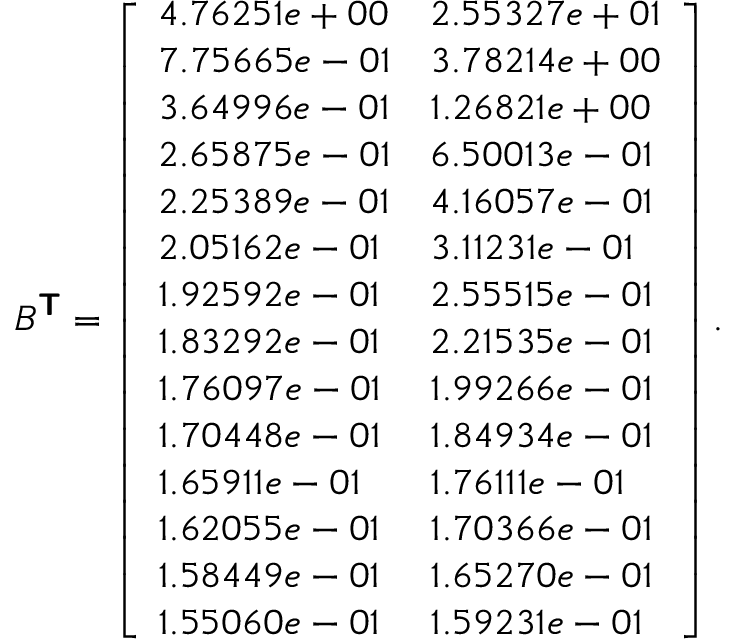
B ^ { \boldsymbol { \mathsf { T } } } = \left[ \begin{array} { l l } { 4 . 7 6 2 5 1 e + 0 0 } & { 2 . 5 5 3 2 7 e + 0 1 } \\ { 7 . 7 5 6 6 5 e - 0 1 } & { 3 . 7 8 2 1 4 e + 0 0 } \\ { 3 . 6 4 9 9 6 e - 0 1 } & { 1 . 2 6 8 2 1 e + 0 0 } \\ { 2 . 6 5 8 7 5 e - 0 1 } & { 6 . 5 0 0 1 3 e - 0 1 } \\ { 2 . 2 5 3 8 9 e - 0 1 } & { 4 . 1 6 0 5 7 e - 0 1 } \\ { 2 . 0 5 1 6 2 e - 0 1 } & { 3 . 1 1 2 3 1 e - 0 1 } \\ { 1 . 9 2 5 9 2 e - 0 1 } & { 2 . 5 5 5 1 5 e - 0 1 } \\ { 1 . 8 3 2 9 2 e - 0 1 } & { 2 . 2 1 5 3 5 e - 0 1 } \\ { 1 . 7 6 0 9 7 e - 0 1 } & { 1 . 9 9 2 6 6 e - 0 1 } \\ { 1 . 7 0 4 4 8 e - 0 1 } & { 1 . 8 4 9 3 4 e - 0 1 } \\ { 1 . 6 5 9 1 1 e - 0 1 } & { 1 . 7 6 1 1 1 e - 0 1 } \\ { 1 . 6 2 0 5 5 e - 0 1 } & { 1 . 7 0 3 6 6 e - 0 1 } \\ { 1 . 5 8 4 4 9 e - 0 1 } & { 1 . 6 5 2 7 0 e - 0 1 } \\ { 1 . 5 5 0 6 0 e - 0 1 } & { 1 . 5 9 2 3 1 e - 0 1 } \end{array} \right] .